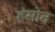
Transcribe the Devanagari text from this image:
हंसोत